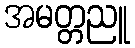
အမတ္တညူ